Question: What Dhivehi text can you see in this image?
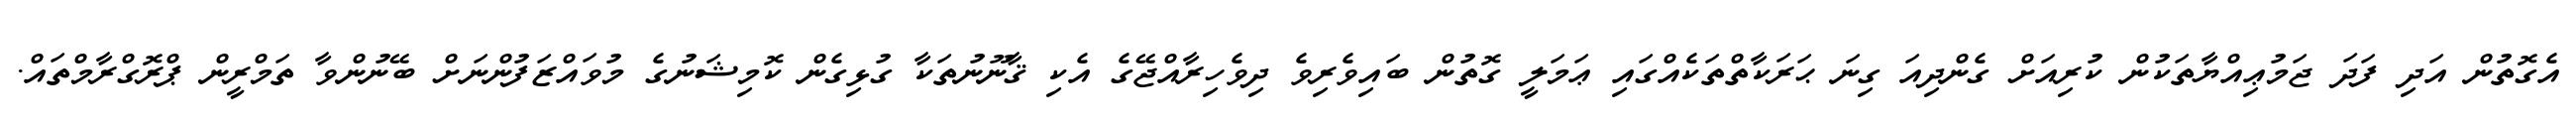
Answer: އެގޮތުން އަދި ފަދަ ޖަމުޢިއްޔާތަކުން ކުރިއަށް ގެންދިއަ ގިނަ ޙަރަކާތްތަކެއްގައި ޢަމަލީ ގޮތުން ބައިވެރިވެ ދިވެހިރާއްޖޭގެ އެކި ޤާނޫނުތަކާ ގުޅިގެން ކޮމިޝަނުގެ މުވައްޒަފުންނަށް ބޭނުންވާ ތަމްރީން ޕްރޮގްރާމްތައް.